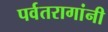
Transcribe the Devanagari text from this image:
पर्वतरागांनी